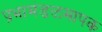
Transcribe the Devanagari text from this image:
प्रभामंडळमापक